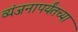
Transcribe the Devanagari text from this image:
व्यंजनापर्यंतच्या